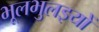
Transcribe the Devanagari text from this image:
भूलभुलइयों